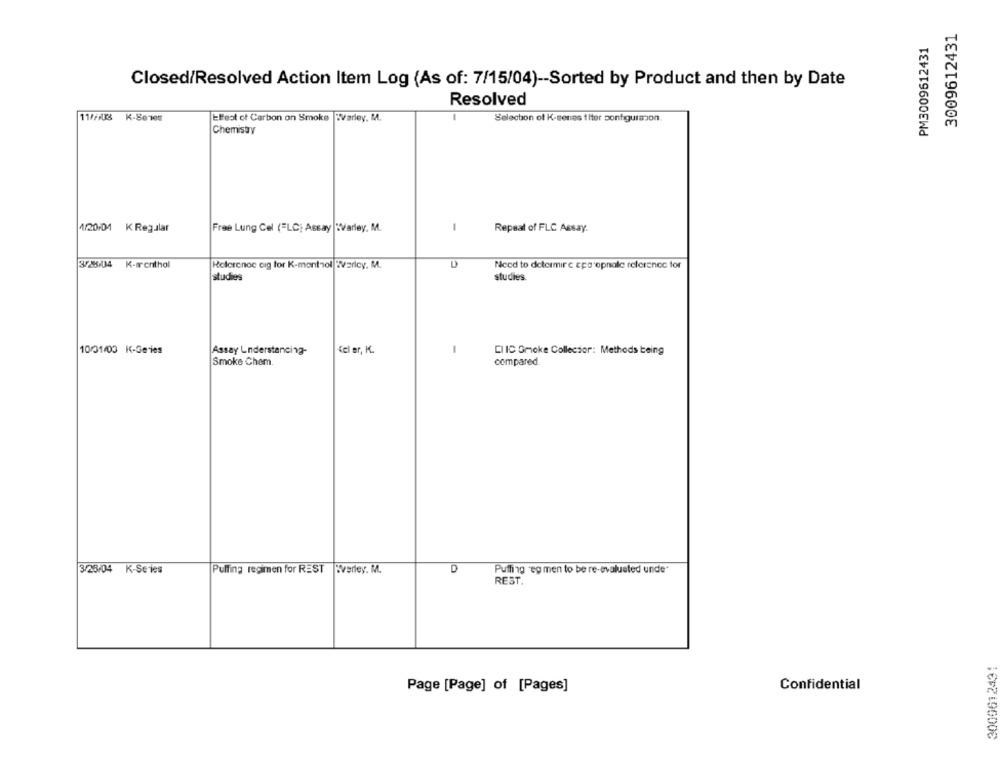
3009612431
PM3009612431
Closed/Resolved Action Item Log (As of: 7/15/04) -- Sorted by Product and then by Date
Resolved
11/FFUK K-Se1es
Elfest of Carbon on Smoke |Warley, M.
Selection of K-senes fiter configuration
Chemistry
4/20 01 K Regular
Free Lung Cel (=LC; Assay |WVarley, M.
1
Repeat of FLC Assay.
3/28/04
K-monthal
Helerenoe eig for K-menthol Werley, M.
D
Need to determine epa opnale relerenec tor
studies
studies.
10/01/03 K-Geries
Assay Understanding-
<el er, K.
-
CI IC Gmoke Collector: Methods being
Smoke Chem
compared
3/23/04 K-Series
Pulling regimen for REST Tverley. M.
D
Puffing 'eg men to be re-evaluated unde
REST.
3009612431
Confidential
Page [Page] of [Pages]